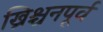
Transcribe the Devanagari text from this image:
ख्रिश्चनपूर्व